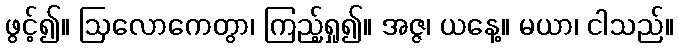
ဖွင့်၍။ ဩလောကေတွာ၊ ကြည့်ရှု၍။ အဇ္ဇ၊ ယနေ့။ မယာ၊ ငါသည်။